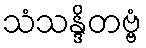
သံသန္ဒိတဗ္ဗံ